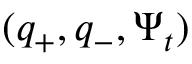
( q _ { + } , q _ { - } , \Psi _ { t } )